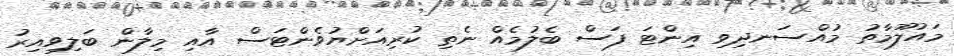
މައުލޫމާތު މުއްސަނދިވި އިންޓަ ފަސް ބެލުމެއް ނެތި ކުރިއަށްޔުވެންޓަސް އާއި މިލާން ބަލިވިއިރު